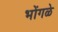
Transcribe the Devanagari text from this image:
भोंगळे